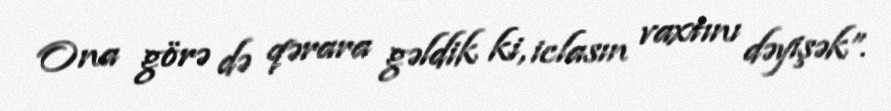
Ona görə də qərara gəldik ki, iclasın vaxtını dəyişək”.